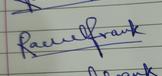
Signature authenticity: genuine